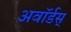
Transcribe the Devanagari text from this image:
अवॉर्डस्